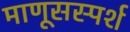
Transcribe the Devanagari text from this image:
माणूसस्पर्श